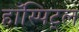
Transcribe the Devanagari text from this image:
हॉस्पिट्ल